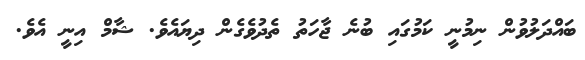
ބައްދަލުވުން ނިމުނީ ކަމުގައި ބުނެ ޖާހަތު ތެދުވެގެން ދިޔައެވެ. ޝާމް އިނީ އެވެ.